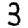
Digit: 3